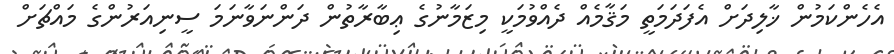
އެހެންކަމުން ޚާލިދަށް އެފަދަމަތީ މަޤާމެއް ދެއްވުމަކީ މިޒަމާނުގެ ޢިބާރާތުން ދަންނަވާނަމަ ސީނިއަރުންގެ މައްޗަށް